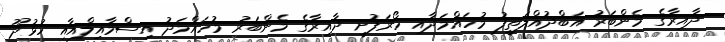
ދާއިރާގެ މެންބަރު އަބްދުއްލަތީފު މުހައްމަދާއި ހޯރަފުށީ ދާއިރާގެ މެންބަރު މުހައްމަދު އިސްމާއިލްއާއި ހުޅުދޫ